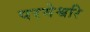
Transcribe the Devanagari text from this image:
परमेश्वरि